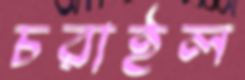
চরাইল